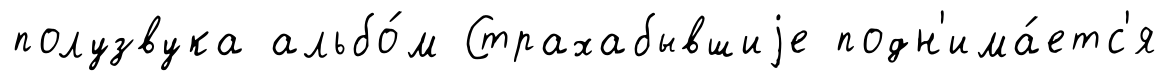
полузвука альбо́м Страхабывшиjе подн'има́етс'я